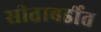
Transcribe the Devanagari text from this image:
सीताबर्डीत